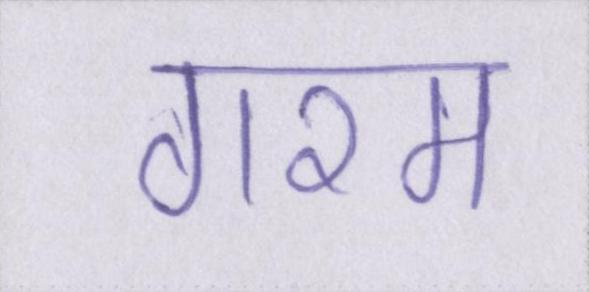
गरम